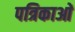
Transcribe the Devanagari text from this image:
पत्रिकाआें